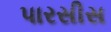
પારસીસ